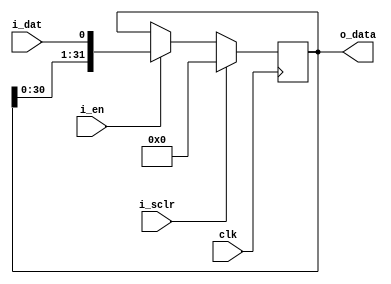
`ifndef _shift_left_register
`define _shift_left_register

module shift_left_register #(
  parameter BITS = 32
) (
  input wire clk, i_sclr, i_en, i_dat,
  output wire [BITS-1:0] o_data
);

  reg [BITS-1:0] s_bits;
  always @(posedge clk) begin
    if (i_sclr) begin
      s_bits <= {BITS{1'b0}};
    end else if (i_en) begin
      s_bits <= {s_bits[BITS-2:0], i_dat};
    end
  end
  assign o_data = s_bits;
endmodule

`endif